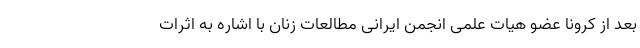
بعد از کرونا عضو هیات علمی انجمن ایرانی مطالعات زنان با اشاره به اثرات